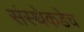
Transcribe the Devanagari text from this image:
संस्थेकडेच